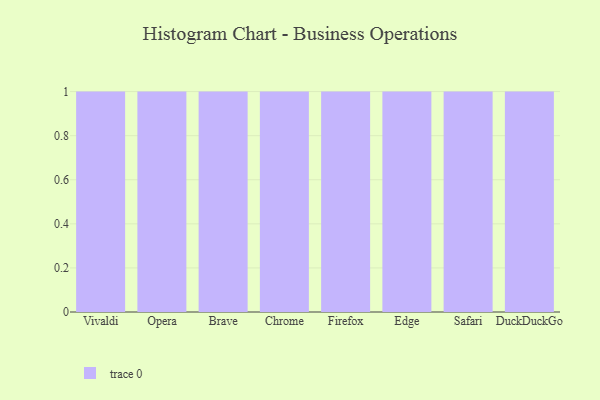
{"axis": {"x": "Browser", "y": "Bounce Rate (%)"}, "legend": [""], "data": [{"x": "Vivaldi", "y": 6, "type": ""}, {"x": "Opera", "y": 5, "type": ""}, {"x": "Brave", "y": 13, "type": ""}, {"x": "Chrome", "y": 62, "type": ""}, {"x": "Firefox", "y": 1, "type": ""}, {"x": "Edge", "y": 29, "type": ""}, {"x": "Safari", "y": 17, "type": ""}, {"x": "DuckDuckGo", "y": 35, "type": ""}]}